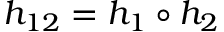
h _ { 1 2 } = h _ { 1 } \circ h _ { 2 }